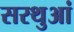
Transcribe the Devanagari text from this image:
सरथुआं